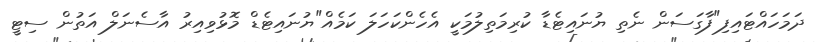
ދަމަހައްޓައިފި"ފާގަސަން ނެތި ޔުނައިޓެޑާ ކުރިމަތިލުމަކީ އެހެންކަހަލަ ކަމެއް"ޔުނައިޓެޑް މޮޅުވިއިރު އާސެނަލް އަތުން ސިޓީ